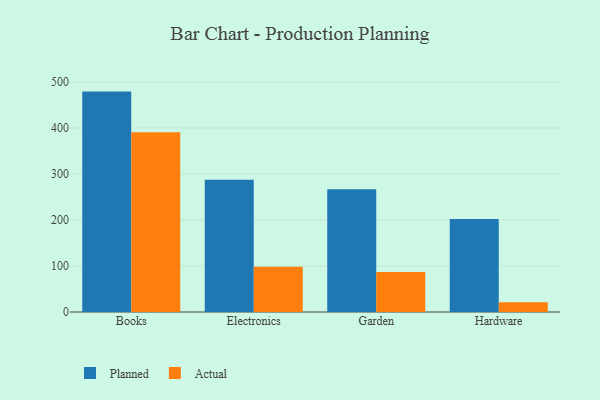
{"axis": {"x": "Category", "y": "Shipments"}, "legend": ["Actual", "Planned"], "data": [{"x": "Books", "y": 479.1, "type": "Planned"}, {"x": "Books", "y": 390.7, "type": "Actual"}, {"x": "Electronics", "y": 287.7, "type": "Planned"}, {"x": "Electronics", "y": 98.1, "type": "Actual"}, {"x": "Garden", "y": 266.6, "type": "Planned"}, {"x": "Garden", "y": 86.8, "type": "Actual"}, {"x": "Hardware", "y": 201.9, "type": "Planned"}, {"x": "Hardware", "y": 21.2, "type": "Actual"}]}